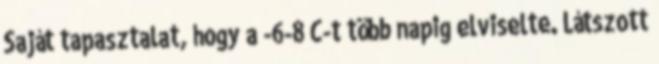
Saját tapasztalat, hogy a -6-8°C-t több napig elviselte. Látszott